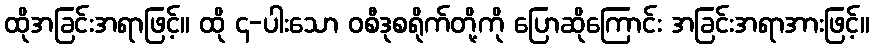
ထိုအခြင်းအရာဖြင့်။ ထို ၄-ပါးသော ဝစီဒုစရိုက်တို့ကို ပြောဆိုကြောင်း အခြင်းအရာအားဖြင့်။